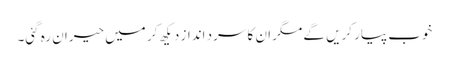
خوب پیار کریں گے مگر ان کا سرد انداز دیکھ کر میں حیران رہ گئی۔